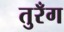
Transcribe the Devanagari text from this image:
तुरँग